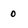
Character: 0